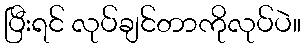
ပြီးရင် လုပ်ချင်တာကိုလုပ်ပဲ။